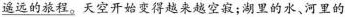
遥远的旅程。天空开始变得越来越空寂；湖里的水、河里的